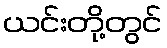
ယင်းတို့တွင်